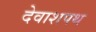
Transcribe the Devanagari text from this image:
देवाशपथ